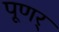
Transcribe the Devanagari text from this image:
पूणर्